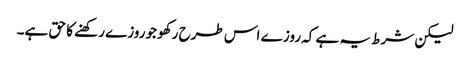
لیکن شرط یہ ہے کہ روز ے اس طرح رکھو جوروزے رکھنے کا حق ہے۔